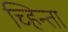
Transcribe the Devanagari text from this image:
च्हिन्ता